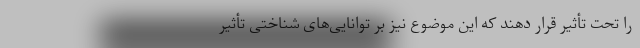
را تحت تأثیر قرار دهند که این موضوع نیز بر توانایی‌های شناختی تأثیر